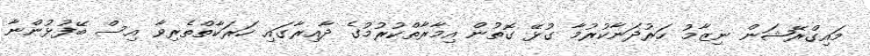
މައިގްރޭޝަން ނިޒާމު ހަރުދަނާކުރުމާ ގުޅޭ ގޮތުން އިމާރާތްކުރުމުގެ ދާއިރާގައި ހަރަކާތްތެރިވާ އިސް ބޭފުޅުންނާ